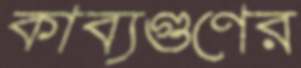
কাব্যগুণের